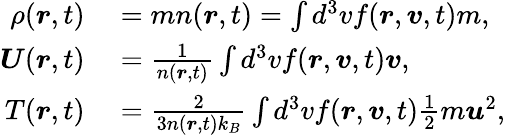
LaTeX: \begin{array}{rl}{\rho(\boldsymbol{r},t)}&{{}=mn(\boldsymbol{r},t)=\int d^{3}vf(\boldsymbol{r},\boldsymbol{v},t)m,}\\ {\boldsymbol{U}(\boldsymbol{r},t)}&{{}=\frac{1}{n(\boldsymbol{r},t)}\int d^{3}vf(\boldsymbol{r},\boldsymbol{v},t)\boldsymbol{v},}\\ {T(\boldsymbol{r},t)}&{{}=\frac{2}{3n(\boldsymbol{r},t)k_{B}}\int d^{3}vf(\boldsymbol{r},\boldsymbol{v},t)\frac{1}{2}m\boldsymbol{u}^{2},}\end{array}